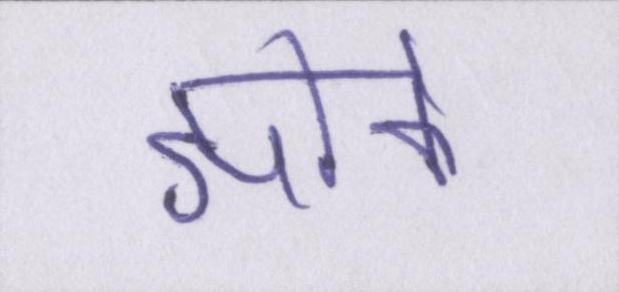
झांके